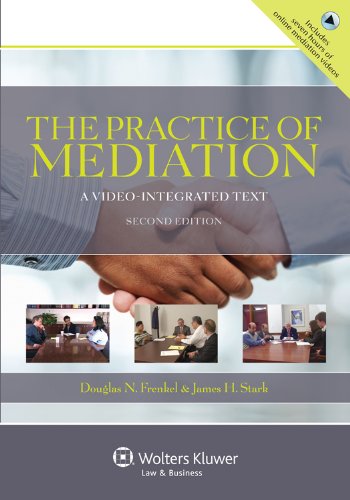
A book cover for The Practice of Mediation: A Video Integrated Text, Second Edition (Aspen Coursebook); Douglas N. Frenkel; Law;